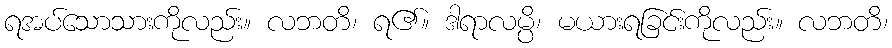
ရအပ်သောသားကိုလည်း။ လဘတိ၊ ရ၏။ ဒါရာလမ္ပိ၊ မယားရခြင်းကိုလည်း။ လဘတိ၊